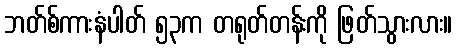
ဘတ်စ်ကားနံပါတ် ၅၃က တရုတ်တန်းကို ဖြတ်သွားလား။